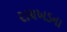
રાયખડના